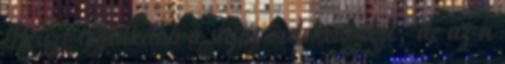
Persze leginkább a saját érdekeit nézi, de az a